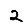
Digit: 2